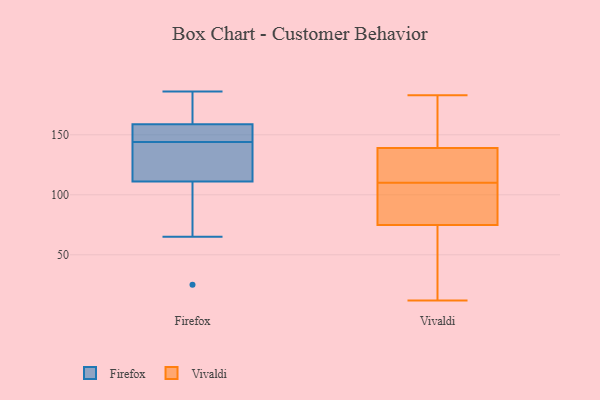
{"axis": {"x": "Demand Index", "y": "Value"}, "legend": ["Firefox", "Vivaldi"], "data": [{"x": "", "y": 25, "type": "Firefox"}, {"x": "", "y": 75, "type": "Firefox"}, {"x": "", "y": 129, "type": "Firefox"}, {"x": "", "y": 186, "type": "Firefox"}, {"x": "", "y": 155, "type": "Firefox"}, {"x": "", "y": 121, "type": "Firefox"}, {"x": "", "y": 138, "type": "Firefox"}, {"x": "", "y": 158, "type": "Firefox"}, {"x": "", "y": 153, "type": "Firefox"}, {"x": "", "y": 118, "type": "Firefox"}, {"x": "", "y": 161, "type": "Firefox"}, {"x": "", "y": 166, "type": "Firefox"}, {"x": "", "y": 90, "type": "Firefox"}, {"x": "", "y": 171, "type": "Firefox"}, {"x": "", "y": 65, "type": "Firefox"}, {"x": "", "y": 144, "type": "Firefox"}, {"x": "", "y": 148, "type": "Firefox"}, {"x": "", "y": 70, "type": "Vivaldi"}, {"x": "", "y": 12, "type": "Vivaldi"}, {"x": "", "y": 112, "type": "Vivaldi"}, {"x": "", "y": 128, "type": "Vivaldi"}, {"x": "", "y": 133, "type": "Vivaldi"}, {"x": "", "y": 72, "type": "Vivaldi"}, {"x": "", "y": 110, "type": "Vivaldi"}, {"x": "", "y": 104, "type": "Vivaldi"}, {"x": "", "y": 98, "type": "Vivaldi"}, {"x": "", "y": 155, "type": "Vivaldi"}, {"x": "", "y": 183, "type": "Vivaldi"}, {"x": "", "y": 141, "type": "Vivaldi"}, {"x": "", "y": 19, "type": "Vivaldi"}, {"x": "", "y": 158, "type": "Vivaldi"}, {"x": "", "y": 83, "type": "Vivaldi"}]}